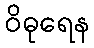
ဝိဓုရေန